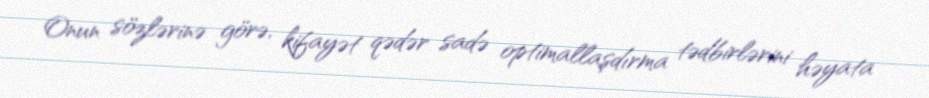
Onun sözlərinə görə, kifayət qədər sadə optimallaşdırma tədbirlərini həyata